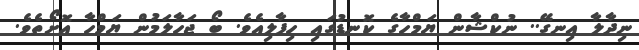
ނިދާލާ އިނގޭ.. ނުކްޝާން ޔަމްހާގެ ކޮނޑުގައި ހިފާލިއެވެ. ބޯ ޖަހާލަމުން ޔަމްހާ އޮށޯތެވެ.